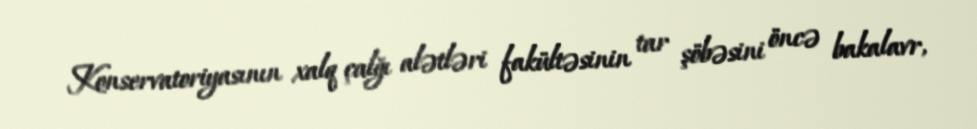
Konservatoriyasının xalq çalğı alətləri fakültəsinin tar şöbəsini öncə bakalavr,